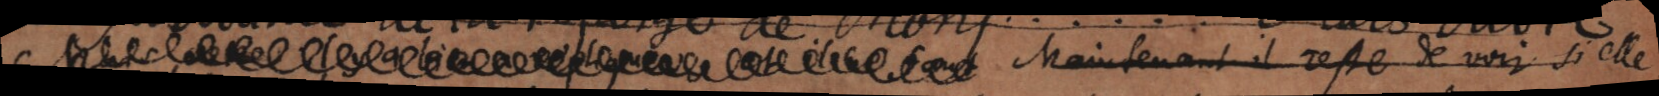
Maintenant il reste de voir si elle